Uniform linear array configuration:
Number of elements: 16
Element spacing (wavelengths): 0.25
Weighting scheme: binomial
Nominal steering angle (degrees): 15
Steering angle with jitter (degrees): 14.755
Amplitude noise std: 0.05
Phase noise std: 0.05

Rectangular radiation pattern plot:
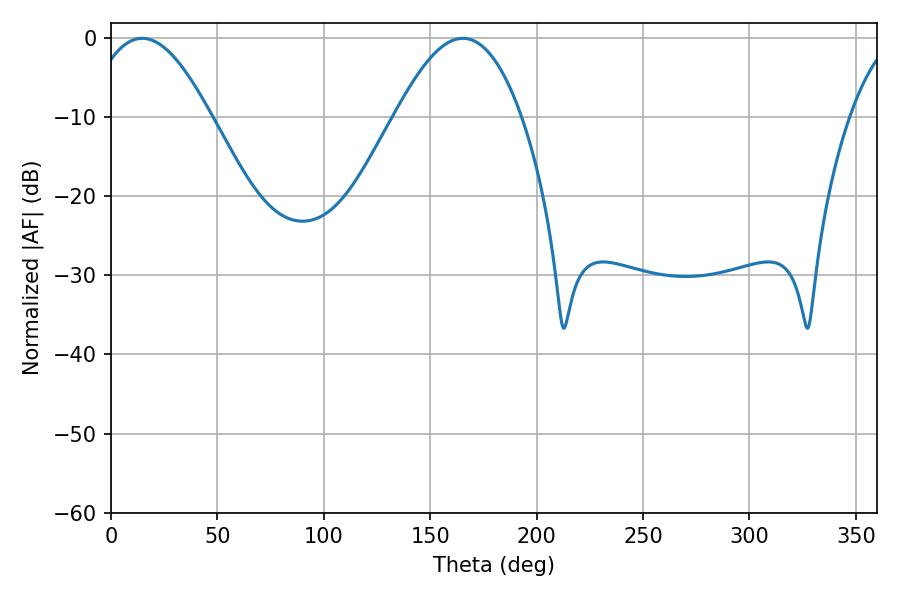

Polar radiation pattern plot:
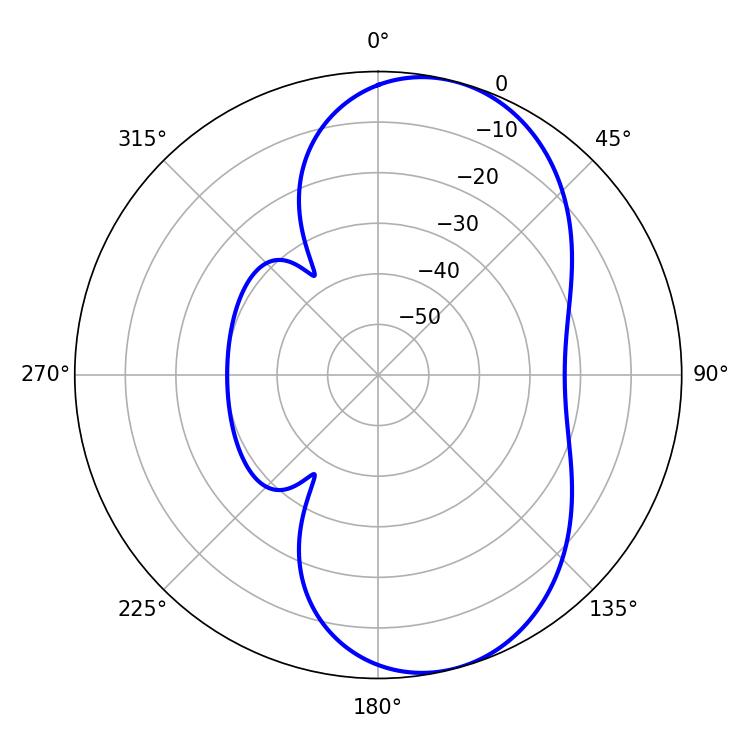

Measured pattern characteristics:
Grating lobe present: FALSE
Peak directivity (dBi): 7.688
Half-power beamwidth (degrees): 31.5
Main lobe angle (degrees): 14.58